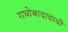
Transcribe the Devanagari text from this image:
राघोबादादाची